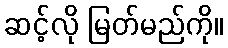
ဆင့်လို မြတ်မည်ကို။